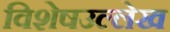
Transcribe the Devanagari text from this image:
विशेषउल्लेख